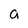
Character: a